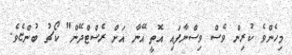
މިހެންވެ ކުރިން ވެސް ވިސްނާފައި އޮތީ އޭނާ އަށް ރެސްޓްދޭން" ކޯޗު ބުންޏެވެ.